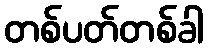
တစ်ပတ်တစ်ခါ